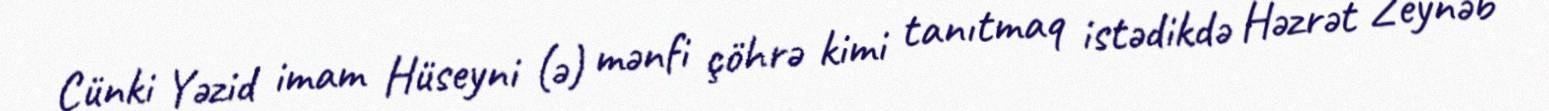
Çünki Yəzid imam Hüseyni (ə) mənfi çöhrə kimi tanıtmaq istədikdə Həzrət Zeynəb